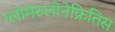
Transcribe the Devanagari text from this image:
ग्लोमेरुलोनेफ्रितिस